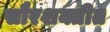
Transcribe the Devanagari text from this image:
सौरशक्तीत